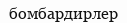
бомбардирлер